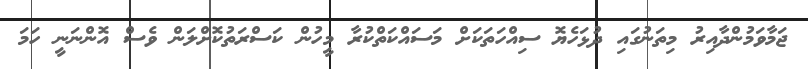
ޖަމާވަމުންދާއިރު މިތަނުގައި ދުޅަހެޔޮ ސިއްހަތަކަށް މަސައްކަތްކުރާ މީހުން ކަސްރަތުކޮށްލަން ވެސް އޮންނަނީ ހަމަ